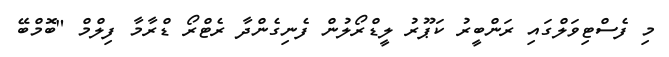
މި ފެސްޓިވަލްގައި ރަންބީރު ކަޕޫރު ލީޑްރޯލުން ފެނިގެންދާ ރެޓްރޯ ޑްރާމާ ފިލްމް "ބޮމްބޭ